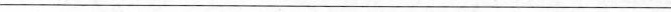
___